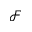
\mathcal { F }